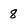
Character: 8